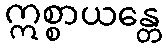
ဣစ္စာယန္တေ